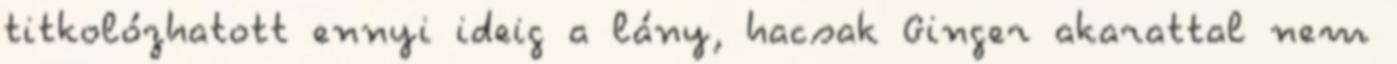
titkolózhatott ennyi ideig a lány, hacsak Ginger akarattal nem